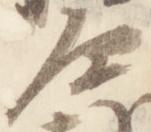
原